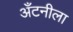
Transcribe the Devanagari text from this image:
अँटनीला